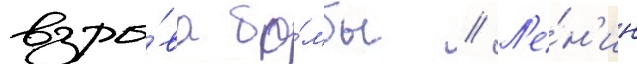
взры́ва бо́мбы // Л'е́н'ин